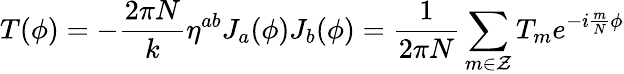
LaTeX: T(\phi)=-\frac{2\pi N}{k}\eta^{ab}J_{a}(\phi)J_{b}(\phi)=\frac{1}{2\pi N}\sum_{m\in\cal{Z}}T_{m}e^{-i\frac{m}{N}\phi}